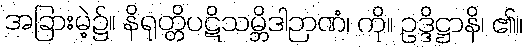
အခြားမဲ့၌။ နိရုတ္တိပဋိသမ္ဘိဒါဉာဏံ၊ ကို။ ဥဒ္ဒိဋ္ဌာနိ၊ ၏။